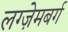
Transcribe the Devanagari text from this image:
लग्ज़ेमबर्ग